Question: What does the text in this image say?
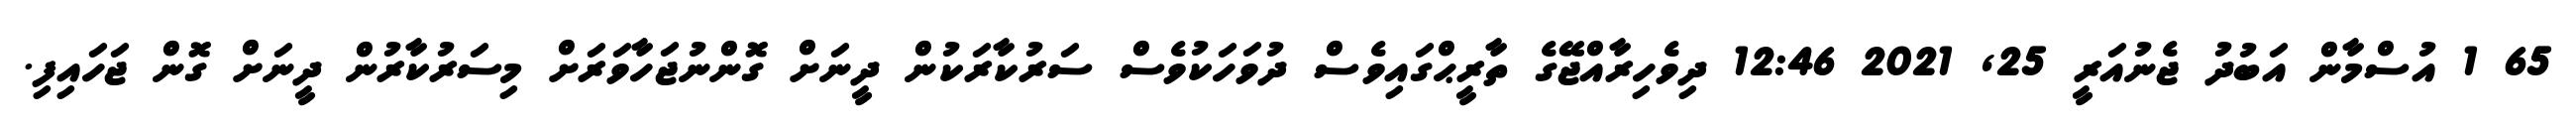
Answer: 65 1 އުސްމާން އަބުދު ޖެނުއަރީ 25, 2021 12:46 ދިވެހިރާއްޖޭގެ ތާރީޙްގައިވެސް ދުވަހަކުވެސް ސަރުކާރަކުން ދީނަށް ގޮންނުޖަހާވަރަށް މިސަރުކާރުން ދީނަށް ގޮން ޖަހައިފި.